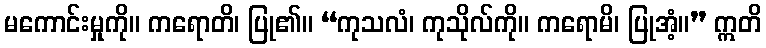
မကောင်းမှုကို။ ကရောတိ၊ ပြု၏။ “ကုသလံ၊ ကုသိုလ်ကို။ ကရောမိ၊ ပြုအံ့။” ဣတိ